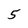
Character: 5